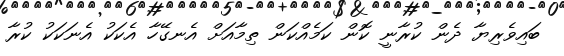
ބައިވެރިޔާ ދެން ކުރާނީ ކޮން ކަމެއްކަން ތިމާއަށް އެނގޭހާ އެކަކު އެނަކަކު ކުރާ